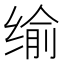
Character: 𦈕